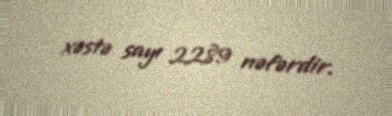
xəstə sayı 2289 nəfərdir.